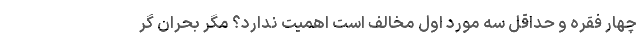
چهار فقره و حداقل سه مورد اول مخالف است اهمیت ندارد؟ مگر بحران گر